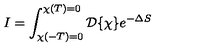
I = \int _ { \chi ( - T ) = 0 } ^ { \chi ( T ) = 0 } { \cal D } \{ \chi \} e ^ { - \Delta S }